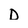
Character: D